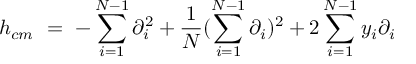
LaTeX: h _ { c m } \ = \ - \sum _ { i = 1 } ^ { N - 1 } \partial _ { i } ^ { 2 } + \frac { 1 } { N } ( \sum _ { i = 1 } ^ { N - 1 } \partial _ { i } ) ^ { 2 } + 2 \sum _ { i = 1 } ^ { N - 1 } y _ { i } \partial _ { i }